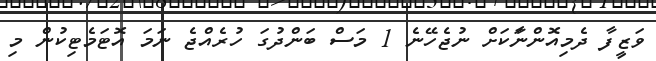
ވަޒީފާ ދެމިއޮންނަާކަށް ނުޖެހޭނެ 1 މަސް ބަންދުގަ ހުރެއްޖެ ނަމަ އޮޓަމެޓިކުން މި